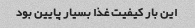
این بار کیفیت غذا بسیار پایین بود